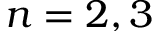
n = 2 , 3